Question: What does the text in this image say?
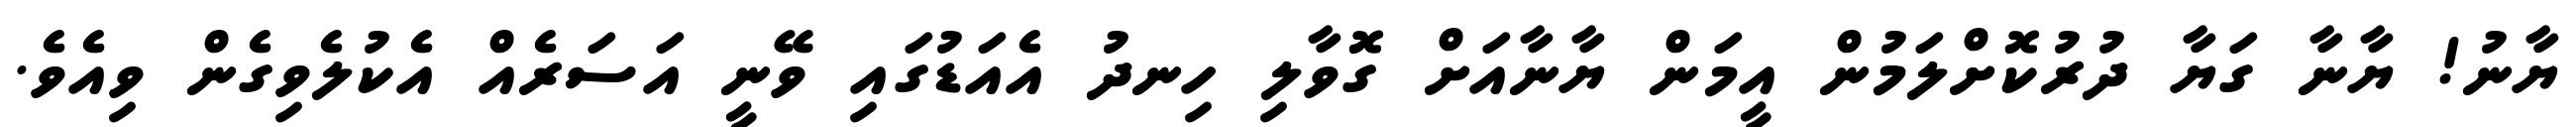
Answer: ޔާނު! ޔާނާ ގަޔާ ދުރުކޮށްލަމުން އީމަން ޔާނާއަށް ގޮވާލި ހިނދު އެއަޑުގައި ވޭނީ އަސަރެއް އެކުލެވިގެން ވިއެވެ.